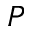
P